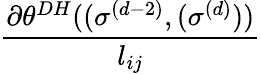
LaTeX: \frac{\partial\theta^{DH}((\sigma^{(d-2)},(\sigma^{(d)}))}{l_{ij}}